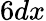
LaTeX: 6dx